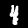
Label: 4